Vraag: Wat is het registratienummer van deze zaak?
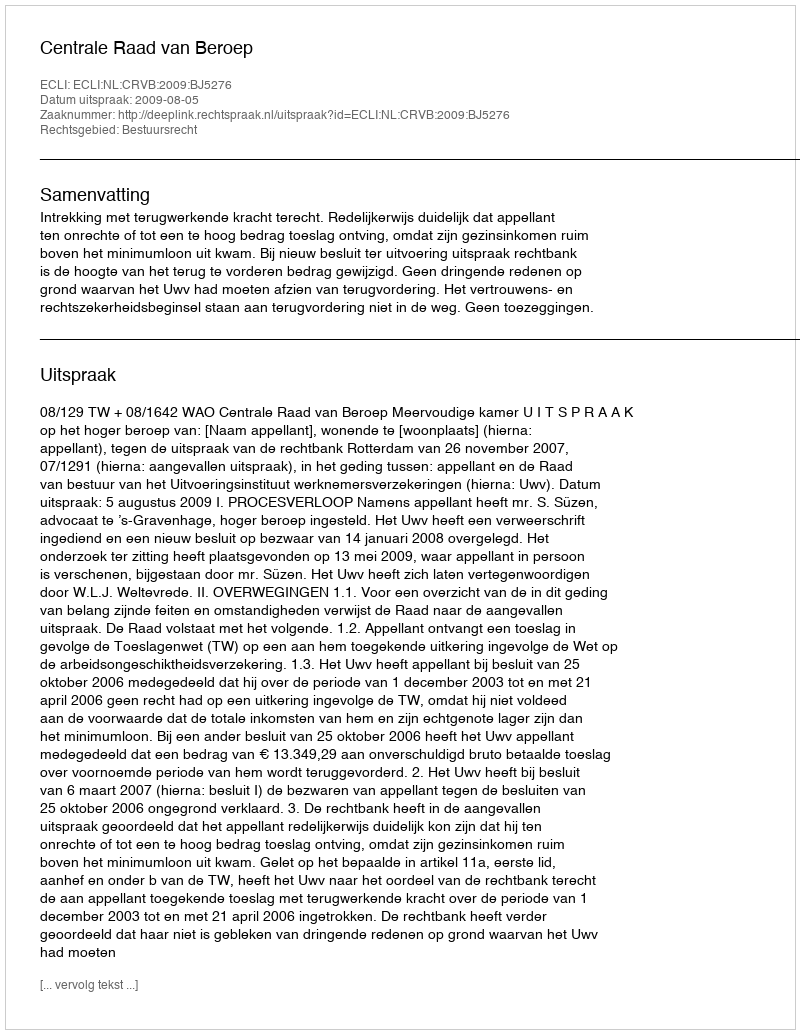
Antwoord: http://deeplink.rechtspraak.nl/uitspraak?id=ECLI:NL:CRVB:2009:BJ5276